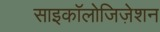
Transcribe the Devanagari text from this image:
साइकॉलोजिज़ेशन